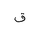
Letter: _qaf